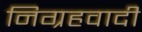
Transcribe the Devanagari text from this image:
निग्रहवादी